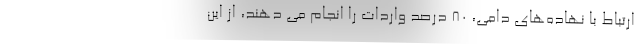
ارتباط با نهاده‌های دامی، ۸۰ درصد واردات را انجام‌ می دهند، از این